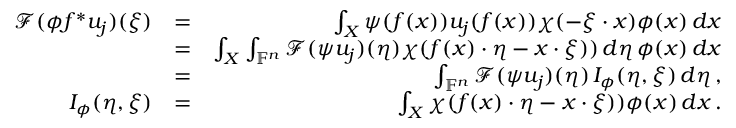
\begin{array} { r l r } { \mathcal { F } ( \phi f ^ { * } u _ { j } ) ( \xi ) } & { = } & { \int _ { X } \psi ( f ( x ) ) u _ { j } ( f ( x ) ) \chi ( - \xi \cdot x ) \phi ( x ) \, d x } \\ & { = } & { \int _ { X } \int _ { \mathbb { F } ^ { n } } \mathcal { F } ( \psi u _ { j } ) ( \eta ) \chi ( f ( x ) \cdot \eta - x \cdot \xi ) ) \, d \eta \, \phi ( x ) \, d x } \\ & { = } & { \int _ { \mathbb { F } ^ { n } } \mathcal { F } ( \psi u _ { j } ) ( \eta ) \, I _ { \phi } ( \eta , \xi ) \, d \eta \, , } \\ { I _ { \phi } ( \eta , \xi ) } & { = } & { \int _ { X } \chi ( f ( x ) \cdot \eta - x \cdot \xi ) ) \phi ( x ) \, d x \, . } \end{array}